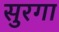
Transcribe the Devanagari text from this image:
सुरगा